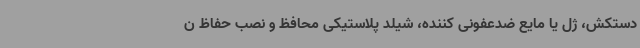
دستکش، ژل یا مایع ضدعفونی کننده، شیلد پلاستیکی محافظ و نصب حفاظ ن